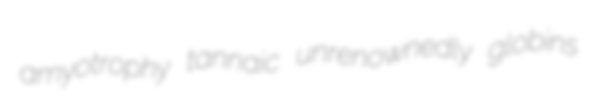
amyotrophy tannaic unrenownedly globins